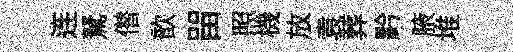
连駑僣歆㽞照機放袁葬黔腋堆